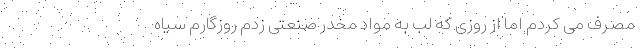
مصرف می کردم اما از روزی که لب به مواد مخدر صنعتی زدم روزگارم سیاه